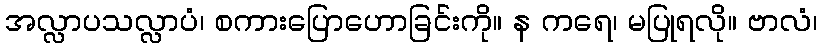
အလ္လာပသလ္လာပံ၊ စကားပြောဟောခြင်းကို။ န ကရေ၊ မပြုရလို။ ဗာလံ၊